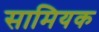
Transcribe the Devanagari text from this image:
सामियक